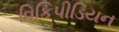
વિકિપીડિયન